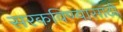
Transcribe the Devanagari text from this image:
सरकविण्यासाठी